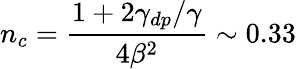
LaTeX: n_{c}=\frac{1+2\gamma_{dp}/\gamma}{4\beta^{2}}\sim 0.33